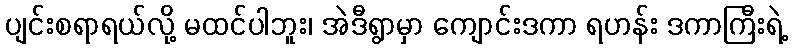
ပျင်းစရာရယ်လို့ မထင်ပါဘူး၊ အဲဒီရွာမှာ ကျောင်းဒကာ ရဟန်း ဒကာကြီးရဲ့